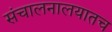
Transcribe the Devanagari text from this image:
संचालनालयातच